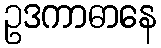
ဥဒကာဓာနေ